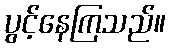
ပွင့်နေကြသည်။